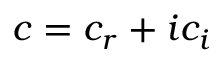
c = c _ { r } + i c _ { i }